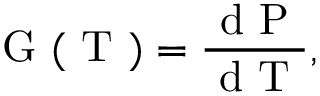
\mathrm { ~ G ~ } ( \mathrm { ~ T ~ } ) = \frac { \mathrm { ~ d ~ P ~ } } { \mathrm { ~ d ~ T ~ } } ,